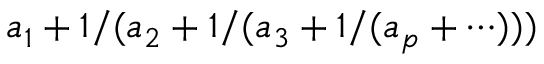
a _ { 1 } + 1 / ( a _ { 2 } + 1 / ( a _ { 3 } + 1 / ( a _ { p } + \cdots ) ) )